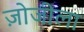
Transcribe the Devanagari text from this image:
ज़ोजीला